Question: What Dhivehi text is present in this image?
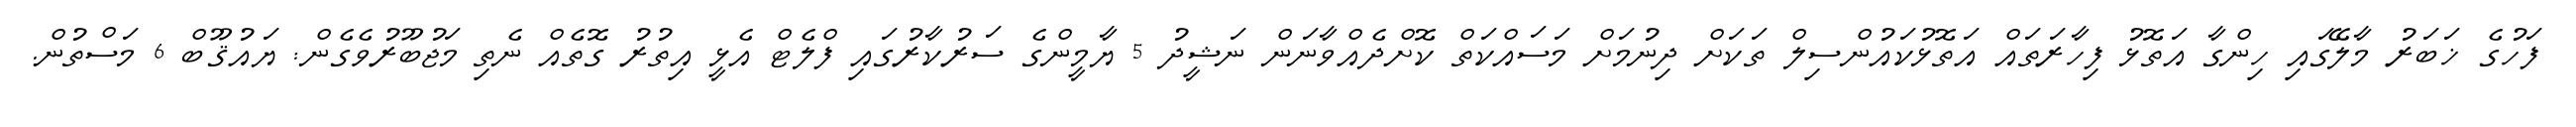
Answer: ފަހުގެ ޚަބަރު މާލޭގައި ހިންގާ އަތޮޅު ފިހާރަތައް އަތޮޅުކައުންސިލް ތަކަށް ދިނުމަށް މަސައްކަތް ކޮށްދެއްވާނަން ނަޝީދު 5 ޔާމީންގެ ސަރުކާރުގައި ފްލެޓް އެޅީ އިތުރު ގޮތެއް ނެތި މަޖުބޫރުވެގެން: ޔައުޤޫބް 6 މަސްތުން.